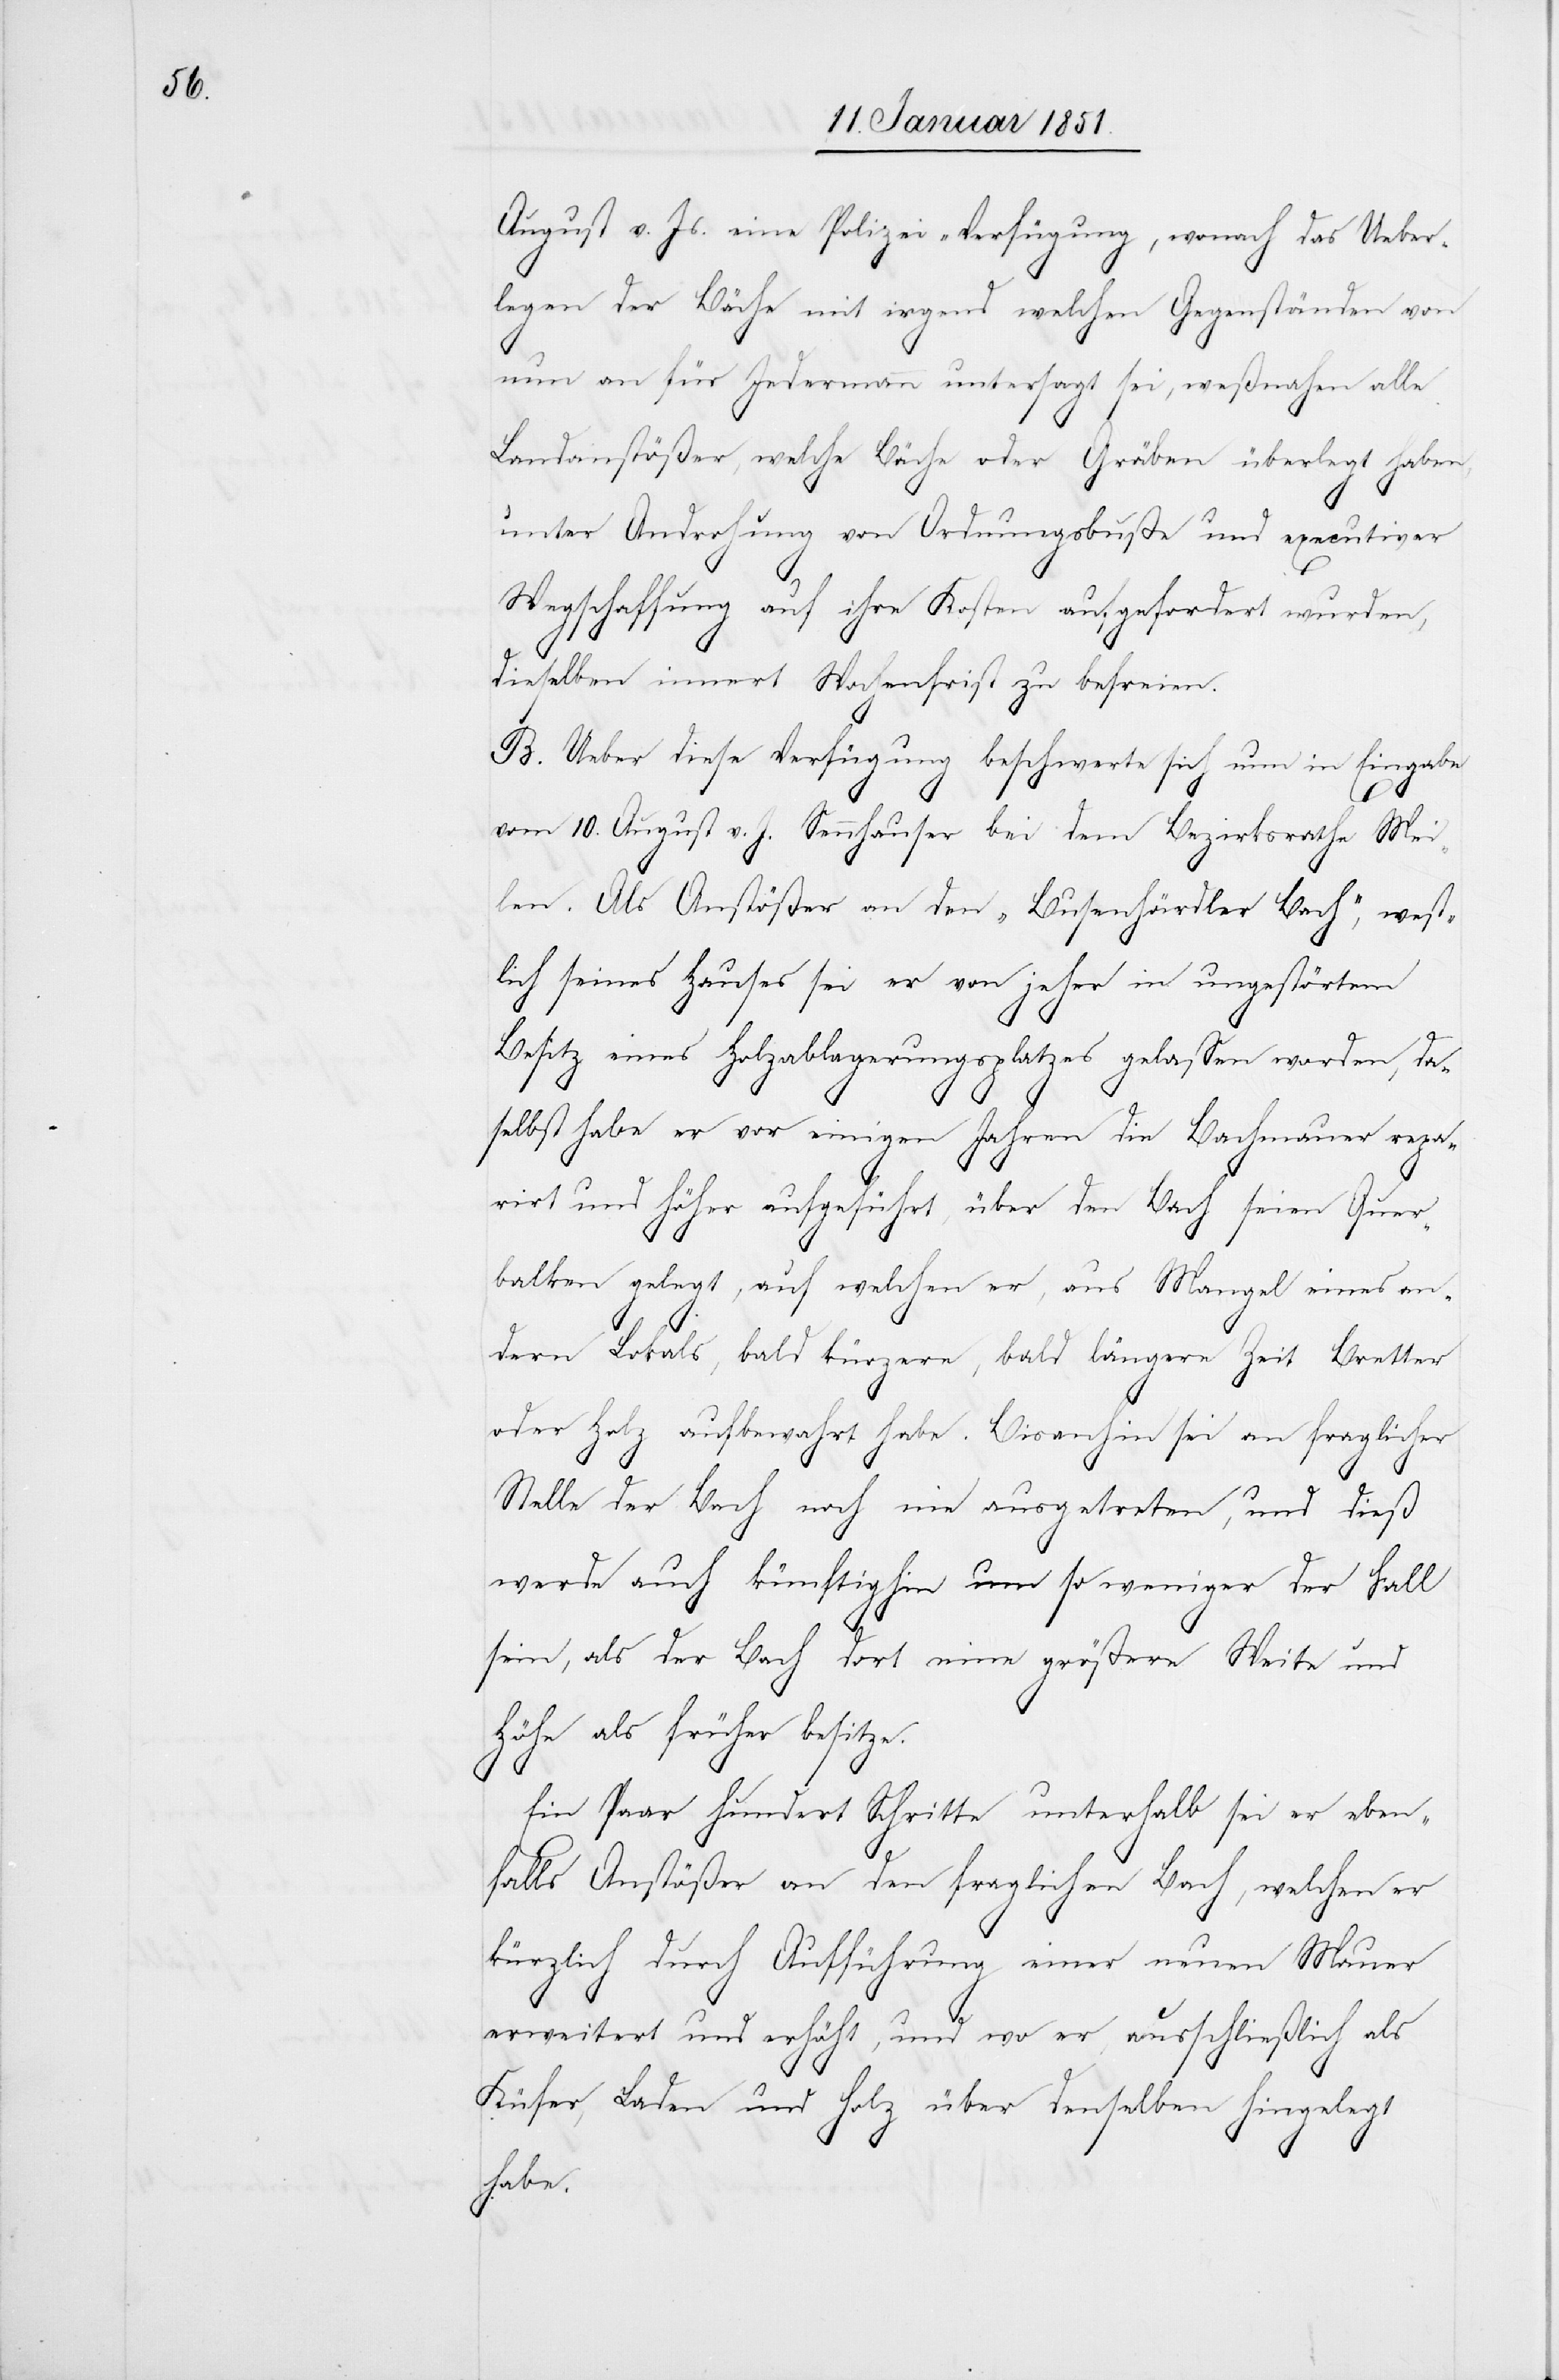
August v. Js. eine Polizei-Verfügung, wonach das Ueber¬
legen der Bäche mit irgend welchen Gegenständen von
nun an für Jedermann untersagt sei, weßnahen alle
Landanstößer, welche Bäche oder Gräben überlegt haben,
unter Androhung von Ordnungsbuße und executiver
Wegschaffung auf ihre Kosten aufgefordert wurden,
dieselben innert Wochenfrist zu befreien.
B. Ueber diese Verfügung beschwerte sich nun in Eingabe
vom 10. August v. J. Sennhauser bei dem Bezirksrathe Mei¬
len. Als Anstößer an den „Busenhärdler Bach“, west¬
lich seines Hauses sei er von jeher in ungestörtem
Besitz eines Holzablagerungsplatzes gelassen worden, da¬
selbst habe er vor einigen Jahren die Bachmauer repa¬
rirt und höher aufgeführt, über den Bach seien Quer¬
balken gelegt, auf welchen er, aus Mangel eines an¬
dern Lokals, bald kürzere, bald längere Zeit Bretter
oder Holz aufbewahrt habe. Bisanhin sei an fraglicher
Stelle der Bach noch nie ausgetreten, und dieß
werde auch künftighin um so weniger der Fall
sein, als der Bach dort eine größere Weite und
Höhe als früher besitze.
Ein Paar hundert Schritte unterhalb sei er eben¬
falls Anstößer an den fraglichen Bach, welchen er
kürzlich durch Aufführung einer neuen Mauer
erweitert und erhöht, und wo er, ausschließlich als
Küfer, Laden und Holz über denselben hingelegt
habe.